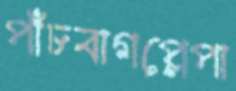
পাঁচবাগপ্লেপা